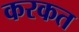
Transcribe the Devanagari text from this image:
करकत